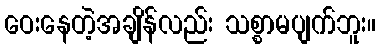
ဝေးနေတဲ့အချိန်လည်း သစ္စာမပျက်ဘူး။